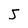
Character: 5